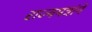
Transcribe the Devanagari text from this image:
राज्यमंत्रांने